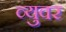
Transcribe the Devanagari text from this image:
व्युवर